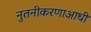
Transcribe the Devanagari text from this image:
नुतनीकरणाआधी